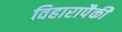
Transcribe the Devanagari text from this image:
विहारापैकी